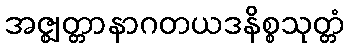
အဇ္ဈတ္တာနာဂတယဒနိစ္စသုတ္တံ